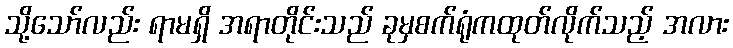
သို့သော်လည်း ရာမရှိ အရာတိုင်းသည် ခုမှစက်ရုံကထုတ်လိုက်သည့် အလား